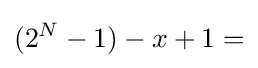
(2^{N}-1)-x+1=